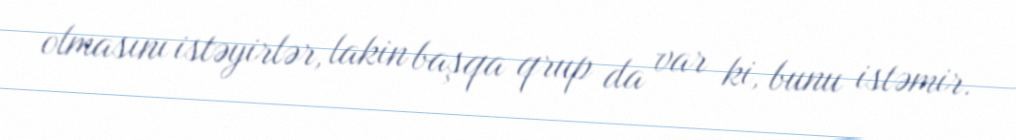
olmasını istəyirlər, lakin başqa qrup da var ki, bunu istəmir.